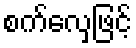
စက်လှေဖြင့်